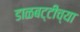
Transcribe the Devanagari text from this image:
डाळबट्टीच्या